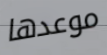
موعدها